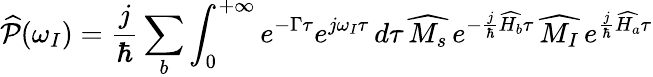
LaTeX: \widehat{\mathcal{P}}(\omega_{I})=\frac{j}{\hbar}\sum_{b}\int_{0}^{+\infty}e^{-\Gamma\tau}e^{j\omega_{I}\tau}\, d\tau\, \widehat{M_{s}}\, e^{-\frac{j}{\hbar}\widehat{H_{b}}\tau}\, \widehat{M_{I}}\, e^{\frac{j}{\hbar}\widehat{H_{a}}\tau}